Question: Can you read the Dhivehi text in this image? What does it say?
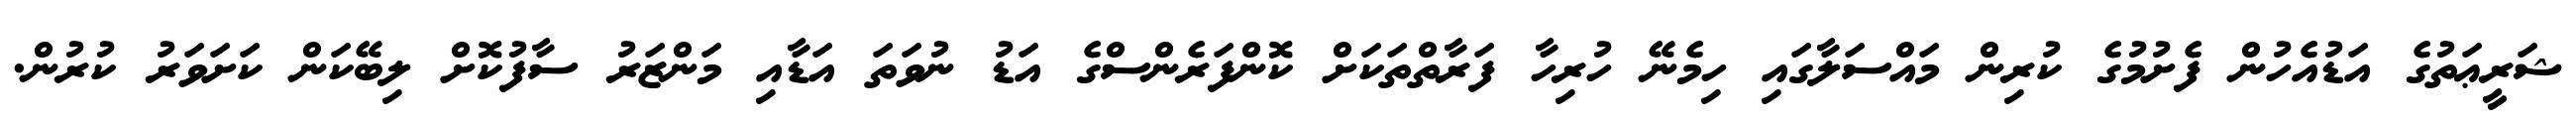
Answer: ޝަރީޢަތުގެ އަޑުއެހުން ފެށުމުގެ ކުރިން މައްސަލާގައި ހިމެނޭ ހުރިހާ ފަރާތްތަކަށް ކޮންފަރެންސްގެ އަޑު ނުވަތަ އަޑާއި މަންޒަރު ސާފުކޮށް ލިބޭކަން ކަށަވަރު ކުރުން.